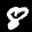
Label: 8